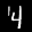
Label: 4